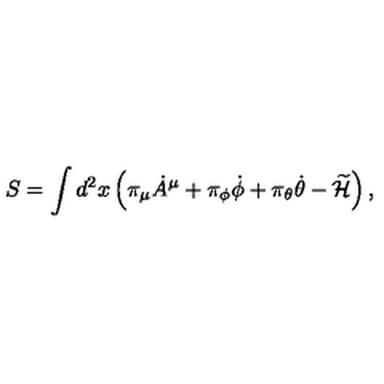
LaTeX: S = \int d ^ { 2 } x \left( \pi _ { \mu } { \dot { A } } ^ { \mu } + \pi _ { \phi } { \dot { \phi } } + \pi _ { \theta } { \dot { \theta } } - \widetilde { \cal H } \right) ,